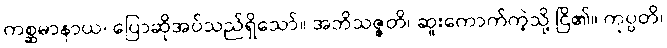
ကစ္ဆမာနာယ၊ ပြောဆိုအပ်သည်ရှိသော်။ အဘိသဇ္ဇတိ၊ ဆူးကောက်ကဲ့သို့ ငြိ၏။ ကုပ္ပတိ၊